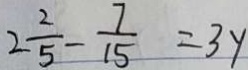
2 \frac { 2 } { 5 } - \frac { 7 } { 1 5 } = 3 y